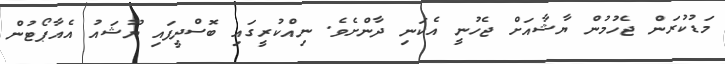
މަޑުކުރަން ޖެހުމުން ޔާޝާއަށް ޖެހުނީ އެކަނި ދާންށެވެ. ނިއްކުރީގައި ބޮސްދީފައި ޔޫޝައު އެއާޕޯޓުން